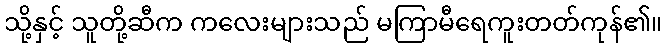
သို့နှင့် သူတို့ဆီက ကလေးများသည် မကြာမီရေကူးတတ်ကုန်၏။